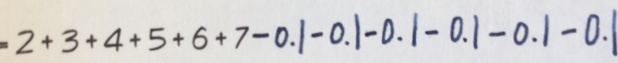
= 2 + 3 + 4 + 5 + 6 + 7 - 0 . 1 - 0 . 1 - 0 . 1 - 0 . 1 - 0 . 1 - 0 . 1